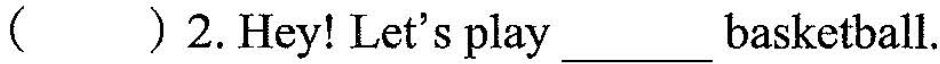
()2.Hey! Let's play___basketball.